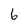
Character: 6